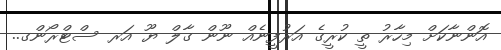
އޮންނާކަށް މިހާރު ތީ ކުރީގެ އަރުފީނެއް ނޫން ގާލް ޔޫ އަރ ސްޓްރޯންގ..